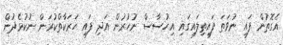
އެގޮތުން ފައި ނުވަތަ ފައިތިލައިގައި އިހުސާސް ނުހުރުން އަދި ފައި ހަރަކާތްކުރަން ނުކުޅެދުން